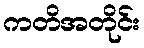
ကတိအတိုင်း